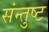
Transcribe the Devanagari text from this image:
संन्तुष्ट